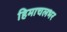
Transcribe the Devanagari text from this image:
हिमाचलभर